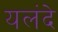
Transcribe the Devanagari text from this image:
यलंदे